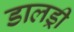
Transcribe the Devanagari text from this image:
डालड्री